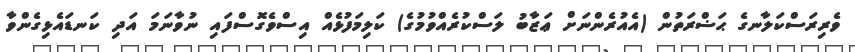
ވެރިރަސްކަލާނގެ ޙަޟްރަތުން (އެއުރެންނަށް ޢަޒާބު ލަސްކުރެއްވުމުގެ) ކަލިމަފުޅެއް އިސްވެގޮސްފައި ނުވާނަމަ އަދި ކަނޑައެޅިގެންވާ